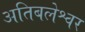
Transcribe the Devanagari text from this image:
अतिबलेश्वर